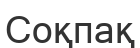
Соқпақ